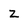
Character: Z